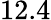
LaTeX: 12.4